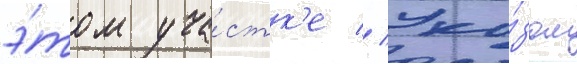
э́том уча́стк'е // Ука́зом